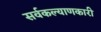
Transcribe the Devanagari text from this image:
सर्वकल्याणकारी